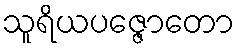
သူရိယပဇ္ဇောတော